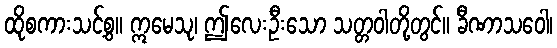
ထိုစကားသင့်စွ။ ဣမေသု၊ ဤလေးဦးသော သတ္တဝါတို့တွင်။ ခီဏာသဝေါ၊